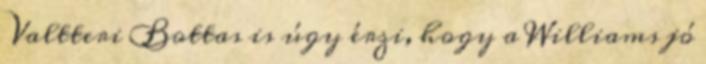
Valtteri Bottas is úgy érzi, hogy a Williams jó